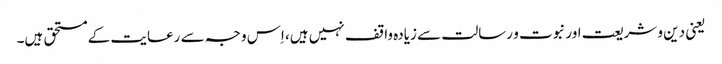
یعنی دین و شریعت اور نبوت و رسالت سے زیادہ واقف نہیں ہیں، اِس وجہ سے رعایت کے مستحق ہیں۔